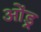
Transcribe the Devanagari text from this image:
ओंड्र